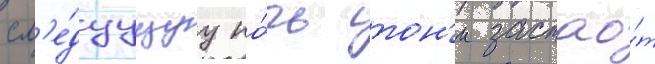
сл'е́дуущуу но́чь тон'и застао́т